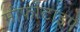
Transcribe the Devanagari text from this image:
मोर्फोटाइप